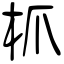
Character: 枛